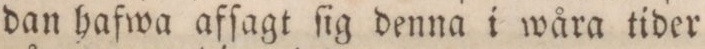
dan hafwa afſagt ſig denna i wåra tider